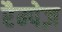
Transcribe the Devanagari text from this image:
रैम्पेज़